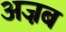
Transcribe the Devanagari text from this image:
अज़ब